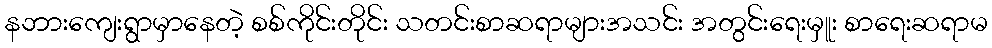
နဘားကျေးရွာမှာနေတဲ့ စစ်ကိုင်းတိုင်း သတင်းစာဆရာများအသင်း အတွင်းရေးမှူး စာရေးဆရာမ